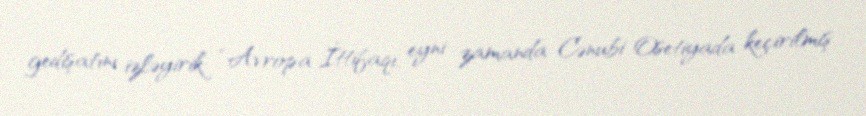
gedişatını izləyirik: “Avropa İttifaqı, eyni zamanda Cənubi Osetiyada keçirilmiş